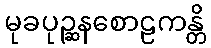
မုခပုဉ္ဆနစောဠကန္တိ